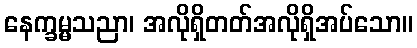
နေက္ခမ္မသညာ၊ အလိုရှိတတ်အလိုရှိအပ်သော။